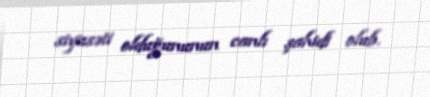
siyasəti olduğununun canlı şahidi olub.